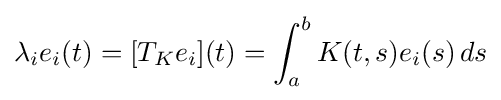
\lambda _{i}e_{i}(t)=[T_{K}e_{i}](t)=\int _{a}^{b}K(t,s)e_{i}(s)\,ds